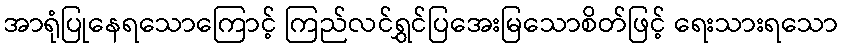
အာရုံပြုနေရသောကြောင့် ကြည်လင်ရွှင်ပြအေးမြသောစိတ်ဖြင့် ရေးသားရသော